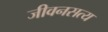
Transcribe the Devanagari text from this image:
जीवनसत्य